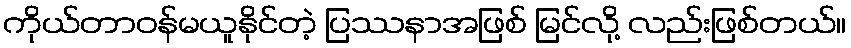
ကိုယ်တာဝန်မယူနိုင်တဲ့ ပြဿနာအဖြစ် မြင်လို့ လည်းဖြစ်တယ်။